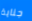
جناية